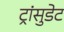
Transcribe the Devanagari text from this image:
ट्रांसुडेट